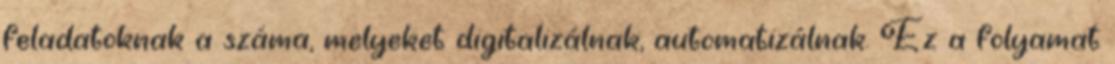
feladatoknak a száma, melyeket digitalizálnak, automatizálnak. Ez a folyamat